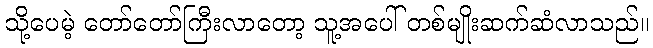
သို့ပေမဲ့ တော်တော်ကြီးလာတော့ သူ့အပေါ် တစ်မျိုးဆက်ဆံလာသည်။